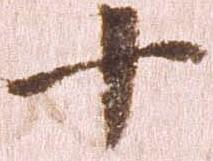
十